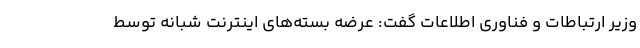
وزیر ارتباطات و فناوری اطلاعات گفت: عرضه بسته‌های اینترنت شبانه توسط